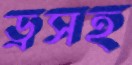
ড্রসহ